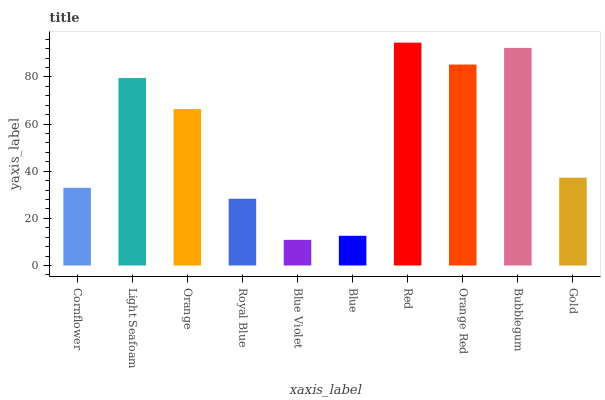
| xaxis_label | bars |
 | --- | --- |
 | Cornflower | 32.9 |
 | Light Seafoam | 79.5 |
 | Orange | 66.3 |
 | Royal Blue | 28.3 |
 | Blue Violet | 10.9 |
 | Blue | 12.6 |
 | Red | 94.5 |
 | Orange Red | 85.2 |
 | Bubblegum | 92.3 |
 | Gold | 37.2 |